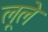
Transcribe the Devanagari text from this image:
लूले